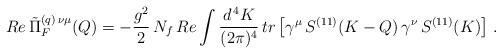
LaTeX: \begin{align*}Re \, \tilde{\Pi}_F^{(q) \, \nu \mu} (Q) = - \frac{g^2}{2} \, N_f \, Re \int \frac{d^{\, 4} K}{(2 \pi)^4} \, tr \left[ \gamma^\mu \, S^{(1 1)} (K - Q) \, \gamma^\nu \, S^{(1 1)} (K) \right] \, . \end{align*}